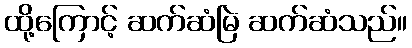
ထို့ကြောင့် ဆက်ဆံမြဲ ဆက်ဆံသည်။